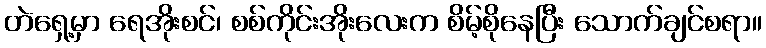
တဲရှေ့မှာ ရေအိုးစင်၊ စစ်ကိုင်းအိုးလေးက စိမ့်စိုနေပြီး သောက်ချင်စရာ။